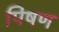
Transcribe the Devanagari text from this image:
पिषण